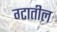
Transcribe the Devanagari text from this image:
ग्टातील